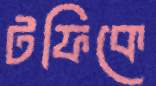
টফিকে